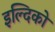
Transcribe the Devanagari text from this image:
इल्दिको